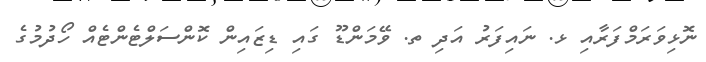
ނޮޅިވަރަމްފަރާއި ޅ. ނައިފަރު އަދި ތ. ވޭމަންޑޫ ގައި ޑިޒައިން ކޮންސަލްޓެންޓެއް ހޯދުމުގެ